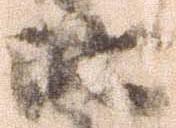
比